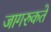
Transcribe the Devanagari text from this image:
जागरुकते